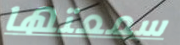
سمعتها